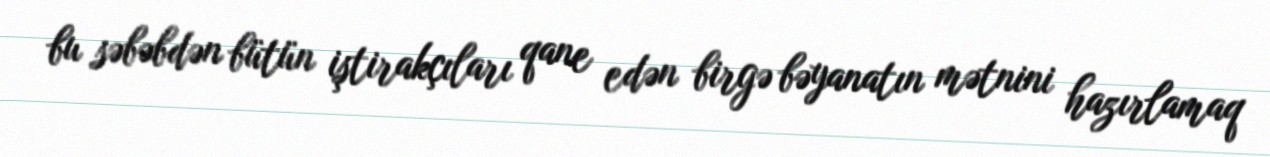
bu səbəbdən bütün iştirakçıları qane edən birgə bəyanatın mətnini hazırlamaq